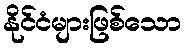
နိုင်ငံများဖြစ်သော